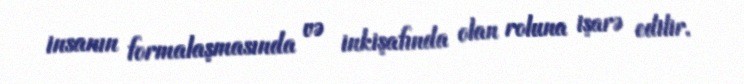
insanın formalaşmasında və inkişafında olan roluna işarə edilir.